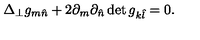
\Delta _ { \perp } g _ { m \hat { n } } + 2 \partial _ { m } \partial _ { \hat { n } } \det g _ { k \hat { l } } = 0 .